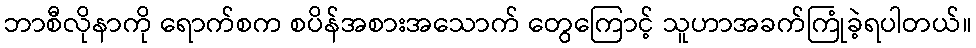
ဘာစီလိုနာကို ရောက်စက စပိန်အစားအသောက် တွေကြောင့် သူဟာအခက်ကြုံခဲ့ရပါတယ်။